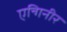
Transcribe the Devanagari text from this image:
एन्गिनीर